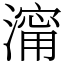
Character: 澝